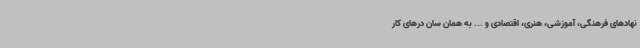
نهادهای فرهنگی، آموزشی، هنری، اقتصادی و ... به همان سان درهای کار